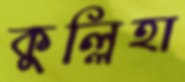
কুল্লিহা